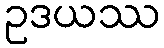
ဥဒယဿ